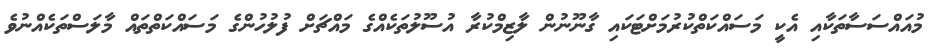
މުއައްސަސާތަކާއި އެކީ މަސައްކަތްކުރުމަށްޓަކައި ގާނޫނުން ލާޒިމްކުރާ އުސޫލުތަކެއްގެ މައްޗަށް ފުލުހުންގެ މަސައްކަތްތައް މާލަސްތަކެއްނުވެ